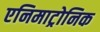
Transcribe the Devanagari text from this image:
एनिमाट्रोनिक